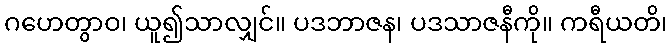
ဂဟေတွာဝ၊ ယူ၍သာလျှင်။ ပဒဘာဇန၊ ပဒသာဇနီကို။ ကရီယတိ၊